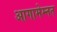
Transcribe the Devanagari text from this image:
आगामेम्नन